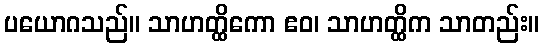
ပယောဂသည်။ သာဟတ္ထိကော ဧဝ၊ သာဟတ္ထိက သာတည်း။